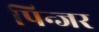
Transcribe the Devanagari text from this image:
पिन्जर